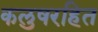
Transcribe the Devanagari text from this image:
कलुषरहित